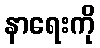
နာရေးကို